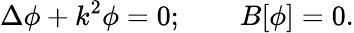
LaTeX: \Delta\phi+k^{2}\phi=0;\qquad B[\phi]=0.